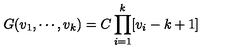
G ( v _ { 1 } , \cdots , v _ { k } ) = C \prod _ { i = 1 } ^ { k } [ v _ { i } - k + 1 ]